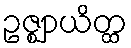
ဥဇ္ဈာယိတ္ထ